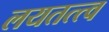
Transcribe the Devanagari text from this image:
लयतत्त्व